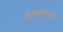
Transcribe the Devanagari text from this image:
व्वसायिक